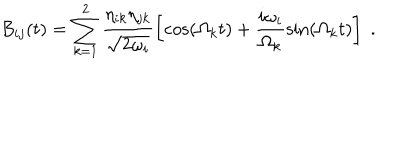
LaTeX: B _ { i j } ( t ) = \sum _ { k = 1 } ^ { 2 } \frac { \eta _ { i k } \eta _ { j k } } { \sqrt { 2 \omega _ { i } } } \left[ \cos ( \Omega _ { k } t ) + \frac { i \omega _ { i } } { \Omega _ { k } } \sin ( \Omega _ { k } t ) \right] \; .